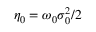
\eta _ { 0 } = \omega _ { 0 } \sigma _ { 0 } ^ { 2 } / 2